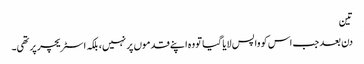
تین
دن بعد جب اس کو واپس لایا گیا تو وہ اپنے قدموں پر نہیں، بلکہ اسٹریچر پر تھی۔